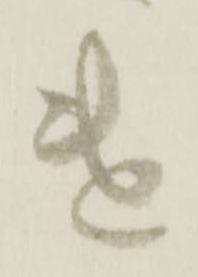
遣